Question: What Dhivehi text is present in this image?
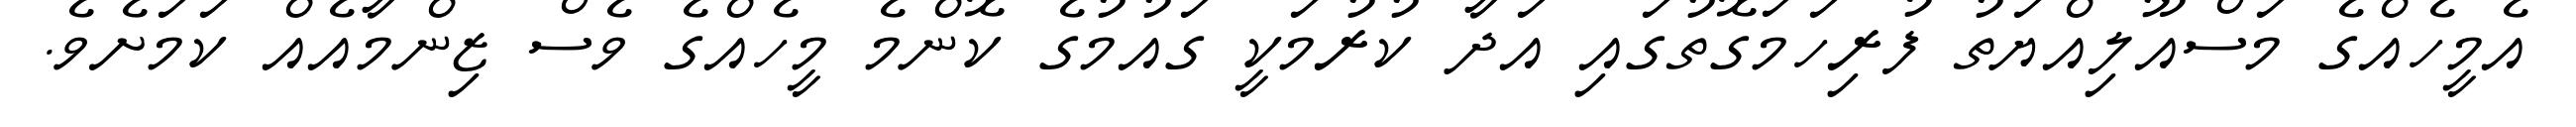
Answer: އެމީހެއްގެ މަސްއޫލިއްޔަތު ފުރިހަމަގޮތުގައި އަދާ ކުރުމަކީ ގައުމުގެ ކޮންމެ މީހެއްގެ ވެސް ޒިންމާއެއް ކަމަށެވެ.